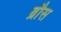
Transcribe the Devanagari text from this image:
ब्रौस